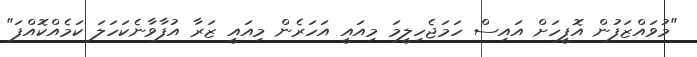
"މުވައްޒަފުން އޮފީހަށް އައިސް ހަމަޖެހިލީމަ މިއައީ އަހަރެން މިއައީ ޒަރާ އުފާވާނެކަހަލަ ކަމެއްކޮއްފަ"